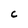
Character: C